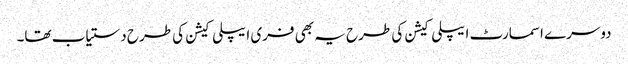
دوسرے اسمارٹ ایپلی کیشن کی طرح یہ بھی فری ایپلی کیشن کی طرح دستیاب تھا۔